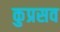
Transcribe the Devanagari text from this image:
कुप्रसव